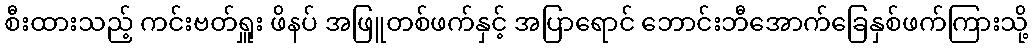
စီးထားသည့် ကင်းဗတ်ရှူး ဖိနပ် အဖြူတစ်ဖက်နှင့် အပြာရောင် ဘောင်းဘီအောက်ခြေနှစ်ဖက်ကြားသို့